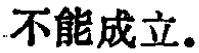
不能成立。